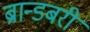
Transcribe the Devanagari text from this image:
ब्रान्डबरी